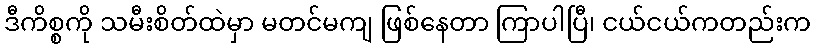
ဒီကိစ္စကို သမီးစိတ်ထဲမှာ မတင်မကျ ဖြစ်နေတာ ကြာပါပြီ၊ ငယ်ငယ်ကတည်းက